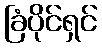
ခြံပိုင်ရှင်